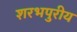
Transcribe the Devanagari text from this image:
शरभपुरीय